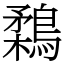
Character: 鶔